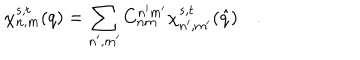
LaTeX: \chi _ { n , m } ^ { s , t } ( q ) = \sum _ { n ^ { \prime } , m ^ { \prime } } C _ { n m } ^ { n ^ { \prime } m ^ { \prime } } \chi _ { n ^ { \prime } , m ^ { \prime } } ^ { s , t } ( \hat { q } ) \quad .